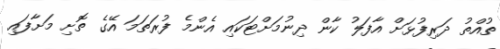
ތުއްތު ދަރިފުޅަށް އާފަލު ކާން ދިނުމަށްޓަކައި އެންމެ ފުރަތަމަ އޭގެ ތޮށި މަށާފައި